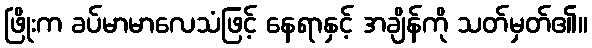
ဖြိုးက ခပ်မာမာလေသံဖြင့် နေရာနှင့် အချိန်ကို သတ်မှတ်၏။